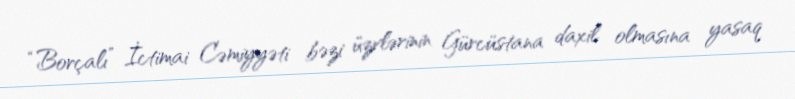
“Borçalı” İctimai Cəmiyyəti bəzi üzvlərinin Gürcüstana daxil olmasına yasaq